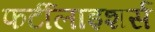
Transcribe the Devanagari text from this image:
फर्टीलाइशर्स